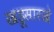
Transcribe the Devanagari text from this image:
खडूसारखे